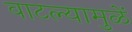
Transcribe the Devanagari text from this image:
वाटल्यामुळें